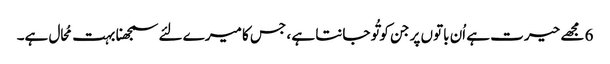
6 مجھے حیرت ہے اُن باتوں پر جن کو تُو جانتا ہے ، جس کا میرے لئے سمجھنا بہت مُحال ہے۔